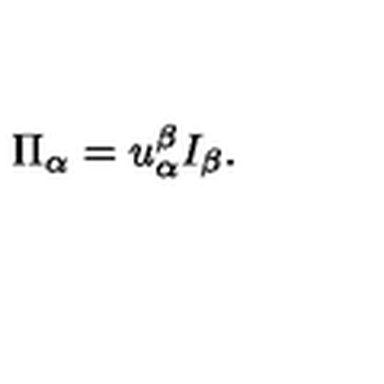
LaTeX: \Pi _ { \alpha } = u _ { \alpha } ^ { \beta } I _ { \beta } .